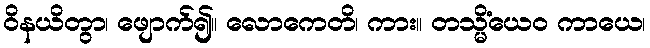
ဝိနယိတွာ၊ ဖျောက်၍။ လောကေတိ၊ ကား။ တသ္မိံယေဝ ကာယေ၊